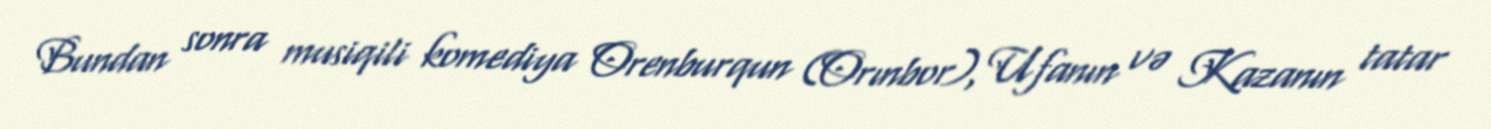
Bundan sonra musiqili komediya Orenburqun (Orınbor), Ufanın və Kazanın tatar